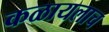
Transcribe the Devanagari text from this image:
कळायलाच